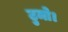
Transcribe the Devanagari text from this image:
टुमो।